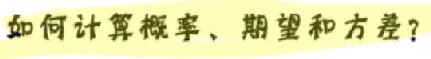
如何计算概率、期望和方差？